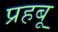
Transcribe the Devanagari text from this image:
प्रहबू